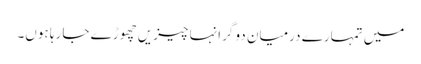
میں تمہارے درمیان دو گرانہا چیزیں چھوڑے جا رہا ہوں۔